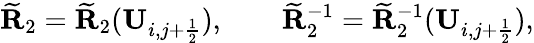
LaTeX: \widetilde{\mathbf{R}}_{2}=\widetilde{\mathbf{R}}_{2}(\mathbf{U}_{i,j+\frac{1}{2}}),\qquad\widetilde{\mathbf{R}}_{2}^{-1}=\widetilde{\mathbf{R}}_{2}^{-1}(\mathbf{U}_{i,j+\frac{1}{2}}),